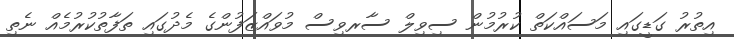
އިތުރު ގަޑީގައި މަސައްކަތް ކުރުމުން ސިވިލް ސާރވިސް މުވައްޒަފުންގެ މެދުގައި ތަފާތުކުރުމެއް ނެތި